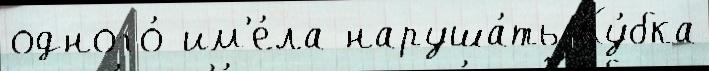
одного́ им'е́ла наруша́ть Ку́бка